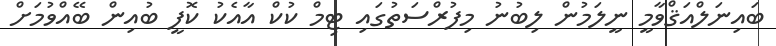
ބައިނަލްއަޤްވާމީ ނީލަމުން ލިބުނު މިފުރްސަތުގައި ޓިމް ކުކް އާއެކު ކޮފީ ބުއިން ބޭއްވުމަށް